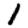
Digit: 1